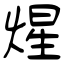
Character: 煋